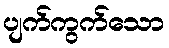
ပျက်ကွက်သော